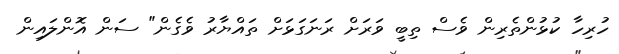
ހުރިހާ ކުޅުންތެރިން ވެސް ތިބީ ވަރަށް ރަނަގަޅަށް ތައްޔާރު ވެގެން" ސަން އޮންލައިން